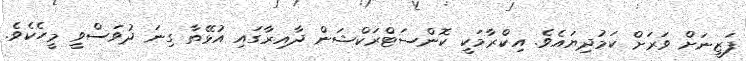
ފަޒީނަށް ވަރަށް ކަމުދިޔައެވެ. އިކްރާމަކީ ކޮންސަޓްރަކްޝަން ދާއިރާގައި އުޅޭތާ ގިނަ ދުވަސްވީ މީހެކެވެ.